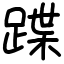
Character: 蹀